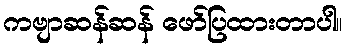
ကဗျာဆန်ဆန် ဖော်ပြထားတာပါ။